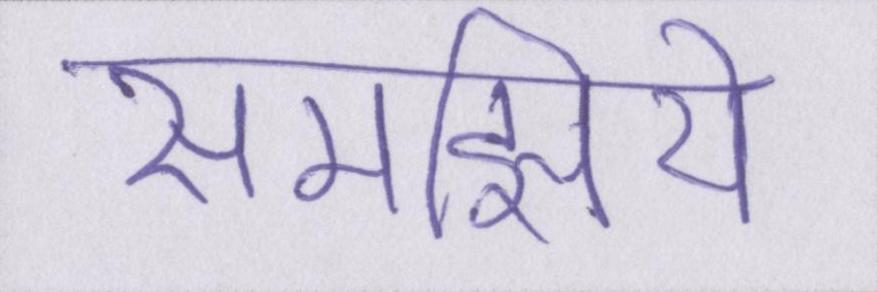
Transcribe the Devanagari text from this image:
समझिये